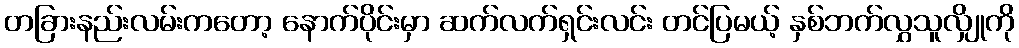
တခြားနည်းလမ်းကတော့ နောက်ပိုင်းမှာ ဆက်လက်ရှင်းလင်း တင်ပြမယ့် နှစ်ဘက်လွှသူလျှိုကို